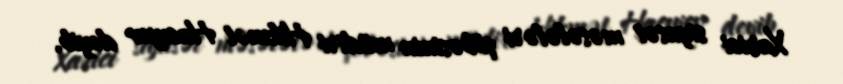
Xarici siyasət məsələləri şöbəsinin müdiri Hikmət Hacıyev deyib.